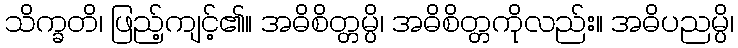
သိက္ခတိ၊ ဖြည့်ကျင့်၏။ အဓိစိတ္တမ္ပိ၊ အဓိစိတ္တကိုလည်း။ အဓိပညမ္ပိ၊